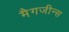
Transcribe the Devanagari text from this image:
मैगजीन्स